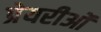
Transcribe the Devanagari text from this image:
प्रेयरीओं